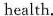
health.